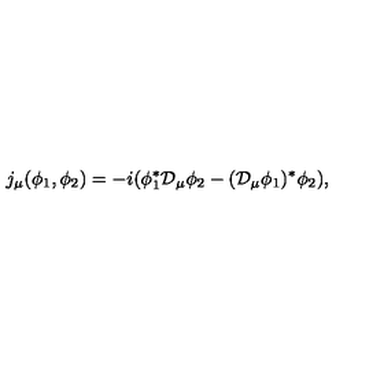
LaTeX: j _ { \mu } ( \phi _ { 1 } , \phi _ { 2 } ) = - i ( \phi _ { 1 } ^ { * } { \cal D } _ { \mu } \phi _ { 2 } - ( { \cal D } _ { \mu } \phi _ { 1 } ) ^ { * } \phi _ { 2 } ) ,